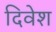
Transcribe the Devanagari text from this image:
दिवेश